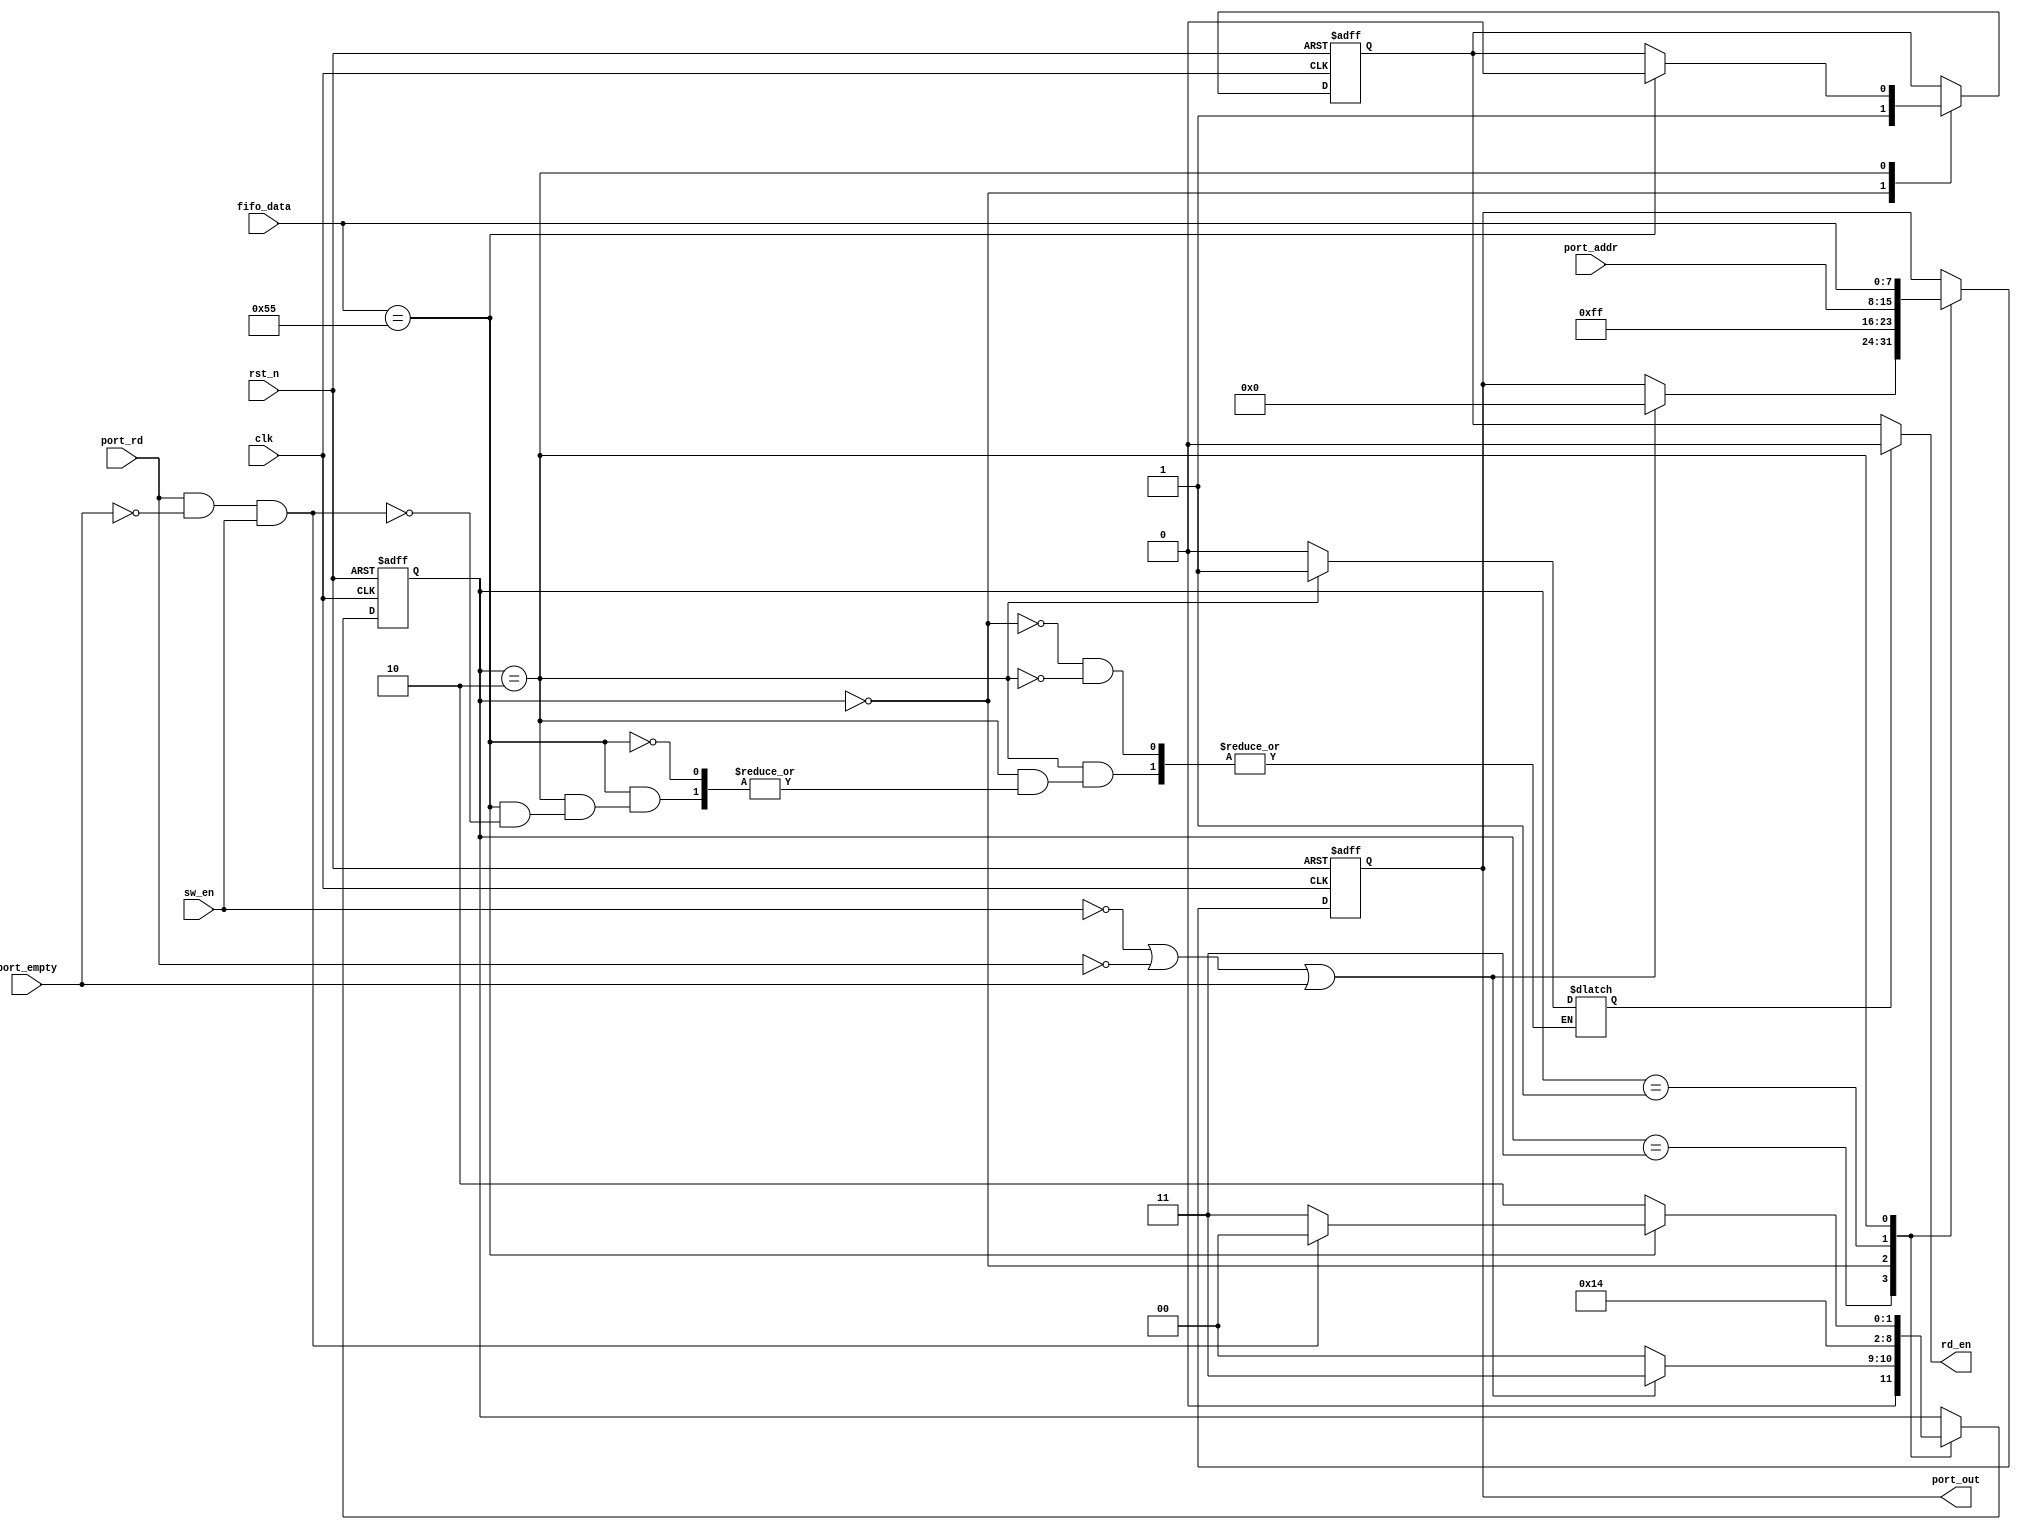
module fsm_out # (
    parameter W_WIDTH = 8
)(
    input clk, rst_n,
    input sw_en,
    input [W_WIDTH-1:0] port_addr, fifo_data,
    input port_rd, port_empty,
    output rd_en,
    output [W_WIDTH-1:0] port_out
);

    localparam IDLE_ST = 3;
    localparam ADD_SOF_ST = 0;
    localparam ADD_ADDR_ST = 1;
    localparam READ_FIFO_PKT_ST = 2;

    localparam SOF_BYTE = 8'hFF;
    localparam DELIMITER = 8'h55;

    //Solution for missing first byte of the pkt fromk fifo in between packets
    reg ovr_rd_en;//flag
    reg rd_en_ff, rd_en_nxt;
    reg [2:0] state_ff, state_nxt;
    reg [W_WIDTH-1:0] port_out_ff, port_out_nxt;

    always @( * ) begin
        state_nxt = state_ff;
        rd_en_nxt = rd_en_ff;
        port_out_nxt = port_out_ff;

        case(state_ff)
            IDLE_ST: begin
                if(sw_en == 0 || port_rd == 0 || port_empty == 1) begin
                    port_out_nxt = 8'h00;
                    state_nxt = IDLE_ST;
                end 
                else begin
                    state_nxt = ADD_SOF_ST;
                end 
            end

            ADD_SOF_ST: begin
                ovr_rd_en = 0;
                port_out_nxt = SOF_BYTE;
                rd_en_nxt = 1;//start reading data from packet
                state_nxt = ADD_ADDR_ST;
            end 

            ADD_ADDR_ST : begin
                port_out_nxt = port_addr;
                state_nxt = READ_FIFO_PKT_ST;
            end 

            READ_FIFO_PKT_ST : begin
                port_out_nxt = fifo_data;

                if(fifo_data == DELIMITER) begin
                    rd_en_nxt = 0;//disable reading for fifo and preapre the SOF and ADDR bytes
                    if(port_rd == 1 && port_empty == 0 && sw_en == 1) begin
                        ovr_rd_en = 1;//flag used for placing the fifo on hold until the SOF and ADDR are appended back to the packet
                        state_nxt = ADD_SOF_ST;
                    end    
                    else begin
                        state_nxt = IDLE_ST;
                    end 
                end 
                else begin
                    state_nxt = READ_FIFO_PKT_ST;
                end 
            end
        endcase
    end

    always @(posedge clk or negedge rst_n) begin
        if(!rst_n) begin
            state_ff <= IDLE_ST;
            rd_en_ff <= 1'b0;
            port_out_ff <= 0;
        end 
        else begin
            state_ff <= state_nxt;
            rd_en_ff <= rd_en_nxt;
            port_out_ff <= port_out_nxt;
        end 
    end

    assign rd_en = (ovr_rd_en) ? 0 : rd_en_ff;
    assign port_out = port_out_ff;
endmodule